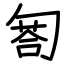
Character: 匒